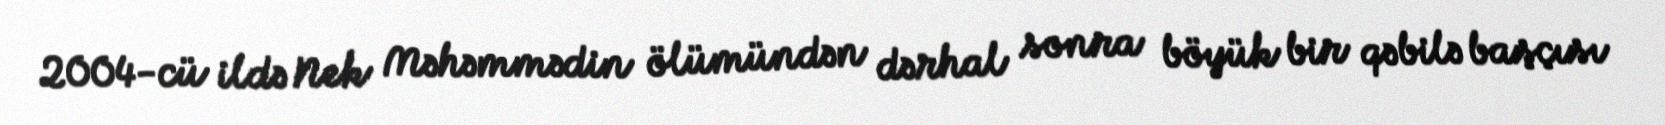
2004-cü ildə Nek Məhəmmədin ölümündən dərhal sonra böyük bir qəbilə başçısı